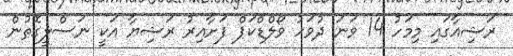
ރަޝިއާގައި މިމަހު 14 ވަނަ ދުވަހު ވޯލްޑްކަޕް ފަށާއިރު ރަޝިޔާ އަކީ ނަސްލީގޮތުން